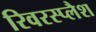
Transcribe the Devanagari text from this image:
रिवरस्प्लैश